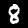
Digit: 8